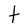
Character: t